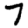
Digit: 7